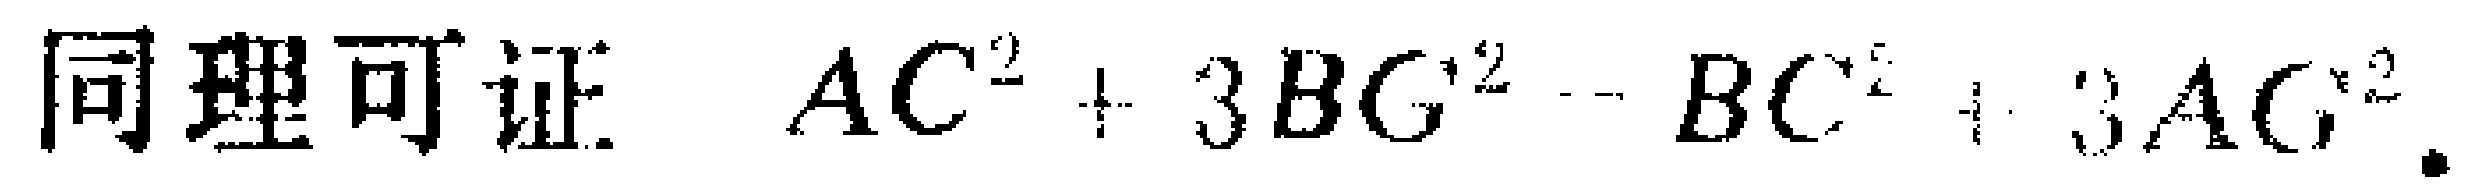
同理可证 \(AC^{2}+3BG^{2}=BC^{2}+3AG^{2}\).